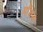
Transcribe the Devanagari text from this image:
माॅशन